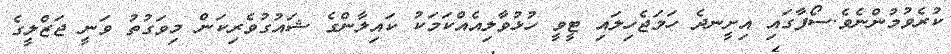
ކުރެވުމުންނެވެ.ސޯފާގައި އިށީނދެ ހަމަޖެހިލައި ޓީވީ ހުޅުވާލިއެއްކަމަކު ކައިލާންގެ ޝައުގުވެރިކަން މިވަގުތު ވަނީ ޖަޒްލީގެ